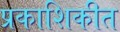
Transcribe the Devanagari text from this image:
प्रकाशिकीत